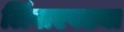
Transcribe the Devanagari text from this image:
लिंबाएवढ्या